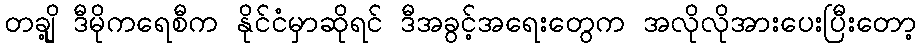
တချို့ ဒီမိုကရေစီက နိုင်ငံမှာဆိုရင် ဒီအခွင့်အရေးတွေက အလိုလိုအားပေးပြီးတော့